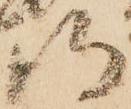
得